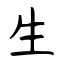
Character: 生